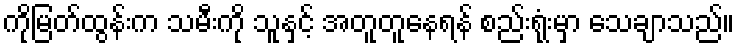
ကိုမြတ်ထွန်းက သမီးကို သူနှင့် အတူတူနေရန် စည်းရုံးမှာ သေချာသည်။